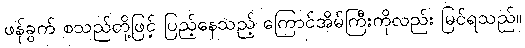
ဖန်ခွက် စသည်တို့ဖြင့် ပြည့်နေသည့် ကြောင်အိမ်ကြီးကိုလည်း မြင်ရသည်။